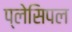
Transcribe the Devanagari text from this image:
प्लेसिपल